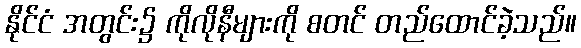
နိုင်ငံ အတွင်း၌ ကိုလိုနီများကို စတင် တည်ထောင်ခဲ့သည်။